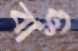
বাশু